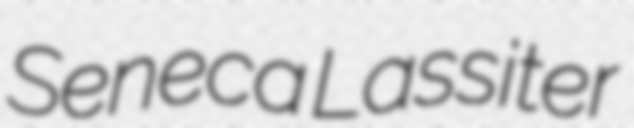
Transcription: Seneca Lassiter